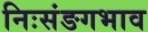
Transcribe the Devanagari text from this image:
निःसंङगभाव